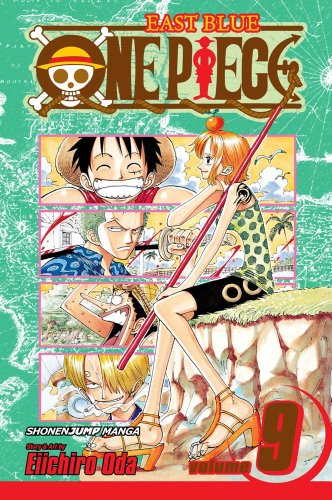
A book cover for One Piece, Vol. 9: Tears; Eiichiro Oda; Comics & Graphic Novels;